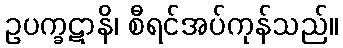
ဥပက္ခဋာနိ၊ စီရင်အပ်ကုန်သည်။